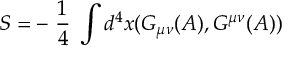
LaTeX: S = - \; \frac { 1 } { 4 } \; \int d ^ { 4 } x ( G _ { \mu \nu } ( { \cal A } ) , G ^ { \mu \nu } ( { \cal A } ) )